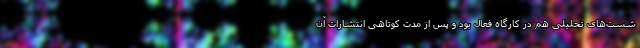
شست‌های تحلیلی هم در کارگاه فعال بود و پس از مدت کوتاهی انتشارات آن